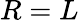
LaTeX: R=L